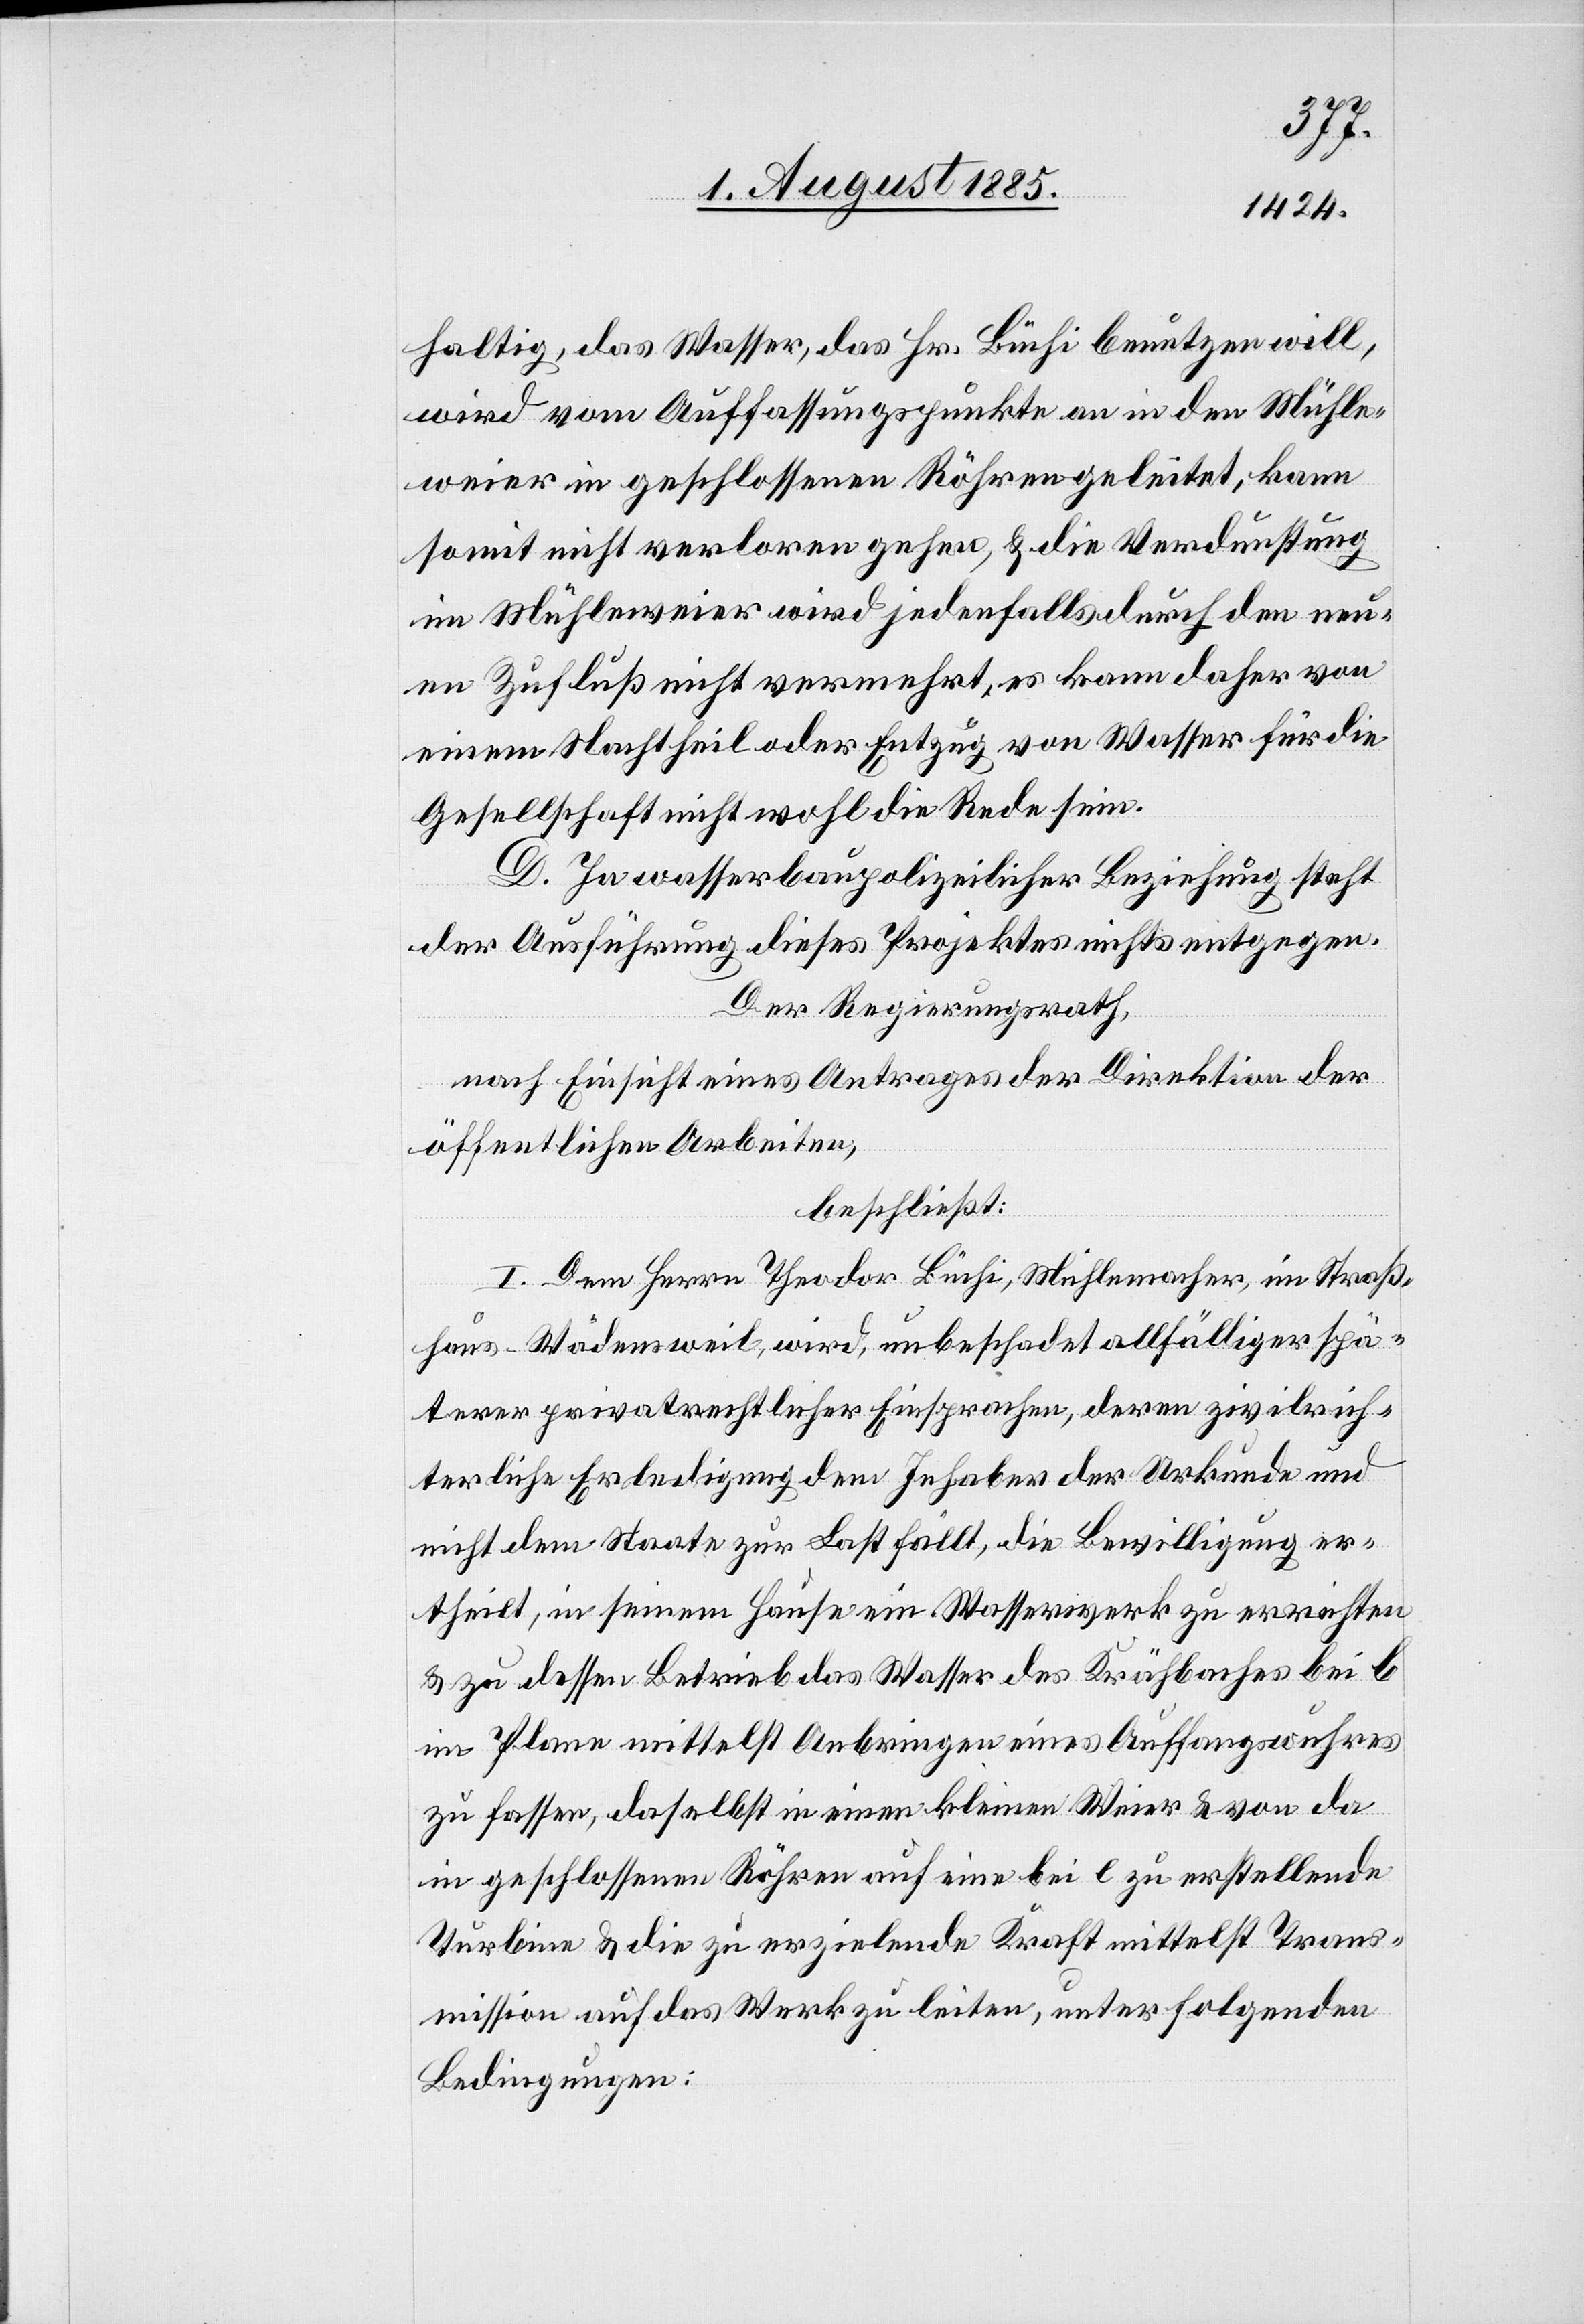
haltig, das Wasser, das Hr. Büchi benutzen will,
wird vom Auffassungspunkte an in den Mühle¬
weier in geschlossenen Röhren geleitet, kann
somit nicht verloren gehen, & die Verdunstung
im Mühleweier wird jedenfalls durch den neu¬
en Zufluß nicht vermehrt, es kann daher von
einem Nachtheil oder Entzug von Wasser für die
Gesellschaft nicht wohl die Rede sein.
D. In wasserbaupolizeilicher Beziehung steht
der Ausführung dieses Projektes nichts entgegen.
Der Regierungsrath,
nach Einsicht eines Antrages der Direktion der
öffentlichen Arbeiten,
beschließt:
I. Dem Herrn Theodor Büchi, Mühlenmacher, im Straß¬
haus - Wädensweil, wird, unbeschadet allfälliger spä¬
terer privatrechtlicher Einsprachen, deren zivilrich¬
terliche Erledigung dem Inhaber der Urkunde und
nicht dem Staate zur Last fällt, die Bewilligung er¬
theilt, in seinem Hause ein Wasserwerk zu errichten
& zu dessen Betrieb das Wasser des Krähbaches bei b
im Plane mittelst Anbringen eines Auffangwuhres
zu fassen, daselbst in einem kleinen Weier & von da
in geschlossene Röhren auf eine bei c zu erstellende
Turbine & die zu erzielende Kraft mittelst Trans¬
mission auf das Werk zu leiten, unter folgenden
Bedingungen: